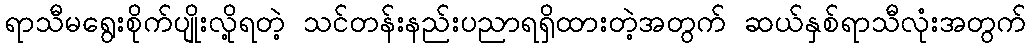
ရာသီမရွေးစိုက်ပျိုးလို့ရတဲ့ သင်တန်းနည်းပညာရရှိထားတဲ့အတွက် ဆယ်နှစ်ရာသီလုံးအတွက်